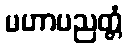
မဟာပညတ္တံ